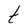
Character: t